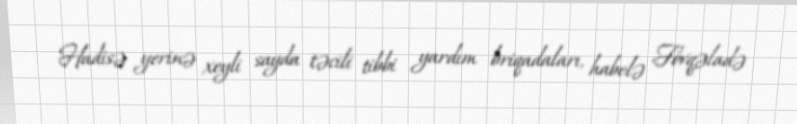
Hadisə yerinə xeyli sayda təcili tibbi yardım briqadaları, habelə Fövqəladə